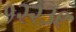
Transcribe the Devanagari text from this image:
१२२३९